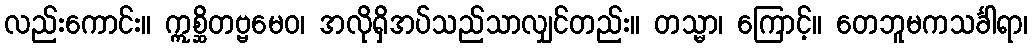
လည်းကောင်း။ ဣစ္ဆိတဗ္ဗမေဝ၊ အလိုရှိအပ်သည်သာလျှင်တည်း။ တသ္မာ၊ ကြောင့်။ တေဘူမကသင်္ခါရာ၊